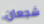
شجعان